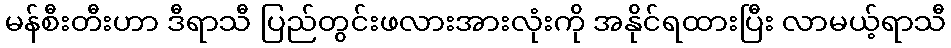
မန်စီးတီးဟာ ဒီရာသီ ပြည်တွင်းဖလားအားလုံးကို အနိုင်ရထားပြီး လာမယ့်ရာသီ